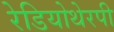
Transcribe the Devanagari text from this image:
रेडियोथेरपी